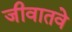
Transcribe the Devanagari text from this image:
जीवातवे